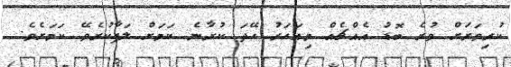
ކުރިވަރަށް ވުރެ ބޮޑު އެއްޗެއް މިއަހަރު ހޭދަ ކުރާނެ ކަމަށް ލަފާކުރެވޭ ކަމަށެވެ.